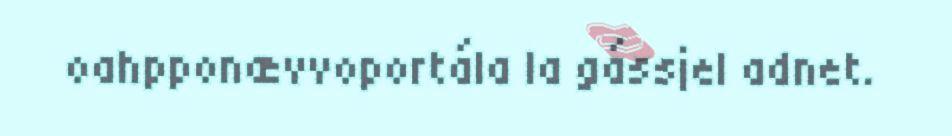
oahpponævvoportála la gássjel adnet.